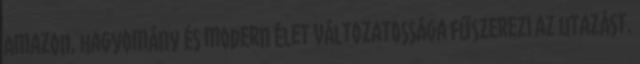
Amazon, hagyomány és modern élet változatossága fűszerezi az utazást.